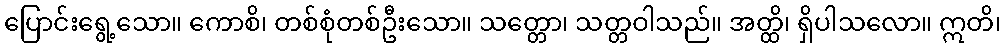
ပြောင်းရွေ့သော။ ကောစိ၊ တစ်စုံတစ်ဦးသော။ သတ္တော၊ သတ္တဝါသည်။ အတ္ထိ၊ ရှိပါသလော။ ဣတိ၊